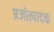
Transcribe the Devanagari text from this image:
प्रजोत्पादक